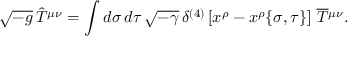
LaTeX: \sqrt { - g } \, \hat { T } ^ { \mu \nu } = \int d \sigma \, d \tau \, \sqrt { - \gamma } \, \delta ^ { ( 4 ) } \left[ x ^ { \rho } - x ^ { \rho } \{ \sigma , \tau \} \right] \, \overline { { T } } { ^ { \mu \nu } } .